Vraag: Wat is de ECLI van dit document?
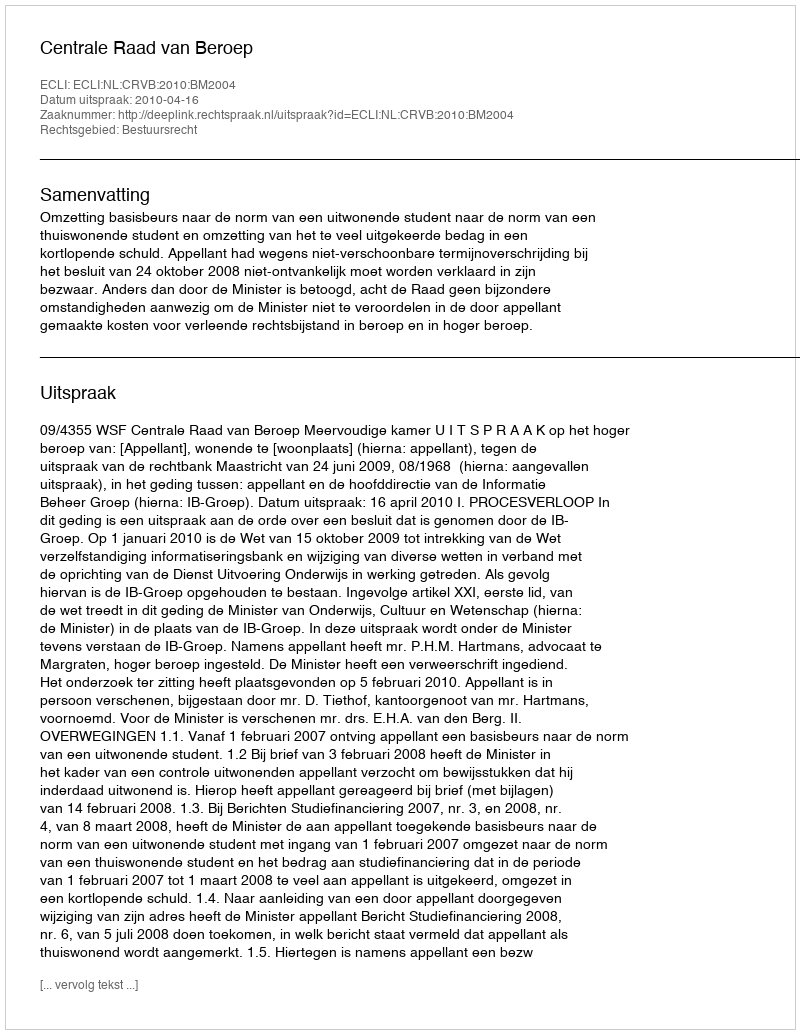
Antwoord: ECLI:NL:CRVB:2010:BM2004